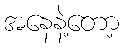
အနေနဲ့တော့